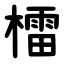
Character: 檑